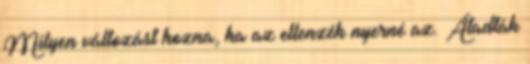
Milyen változást hozna, ha az ellenzék nyerné az. Átadták